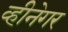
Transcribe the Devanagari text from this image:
व्हीनेगर